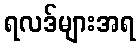
ရလဒ်များအရ